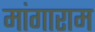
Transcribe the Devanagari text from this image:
मांगाराम